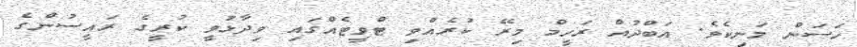
ހަސަން މަނިކެވެ. އަބްދުއް ރަހީމް މިރޭ ކުރެއްވި ޓްވީޓެއްގައި ވިދާޅުވީ ކުރީގެ ރައީސުންގެ